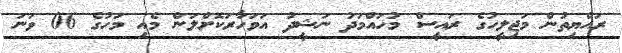
ރައްޔިތުން މަޖިލީހުގެ ރައީސް މުހައްމަދު ނަޝީދު އަވަހާރަކޮށްލަން މެއި މަހުގެ 06 ވަނަ